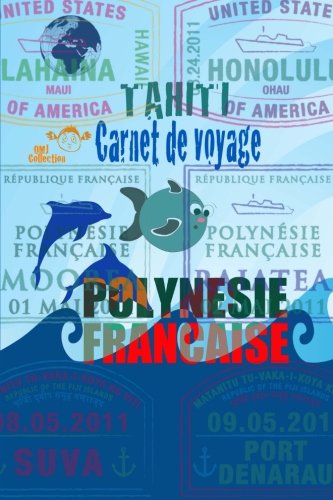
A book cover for Carnet de voyage PolynÃ©sie FranÃ§aise Tahiti: Agenda et journal de voyage dans les Ã®les de Tahiti. (French Edition); o m j; Travel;